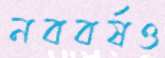
নববর্ষও